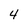
Character: 4